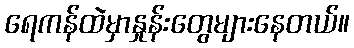
ရေကန်ထဲမှာနှုန်းတွေများနေတယ်။